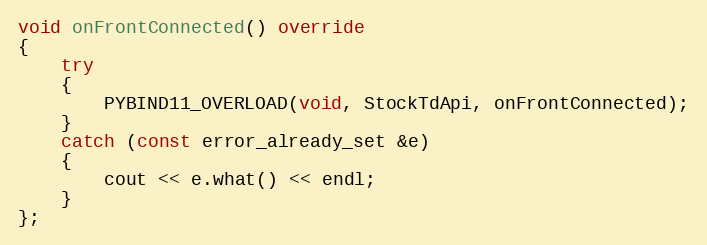
Language: C++
void onFrontConnected() override
{
	try
	{
		PYBIND11_OVERLOAD(void, StockTdApi, onFrontConnected);
	}
	catch (const error_already_set &e)
	{
		cout << e.what() << endl;
	}
};